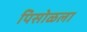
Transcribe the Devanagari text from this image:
पिसोळला